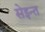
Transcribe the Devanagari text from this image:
सेइन्त